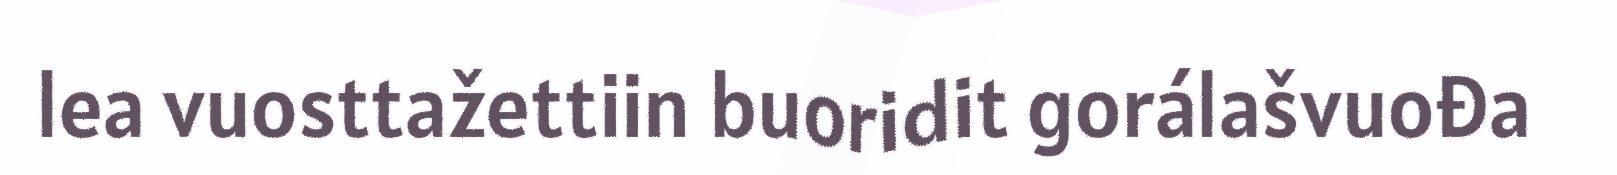
lea vuosttažettiin buoridit gorálašvuođa